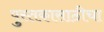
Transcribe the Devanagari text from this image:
पुस्तकासाठीचा